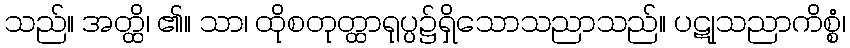
သည်။ အတ္ထိ၊ ၏။ သာ၊ ထိုစတုတ္ထာရုပ္ပ၌ရှိသောသညာသည်။ ပဋုသညာကိစ္စံ၊